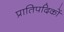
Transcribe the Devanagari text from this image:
प्रातिपदिकों